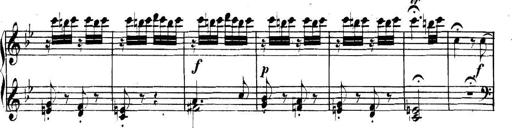
Title: Collected Piano Sonatas
Composer: Muzio Clementi